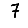
Digit: 7